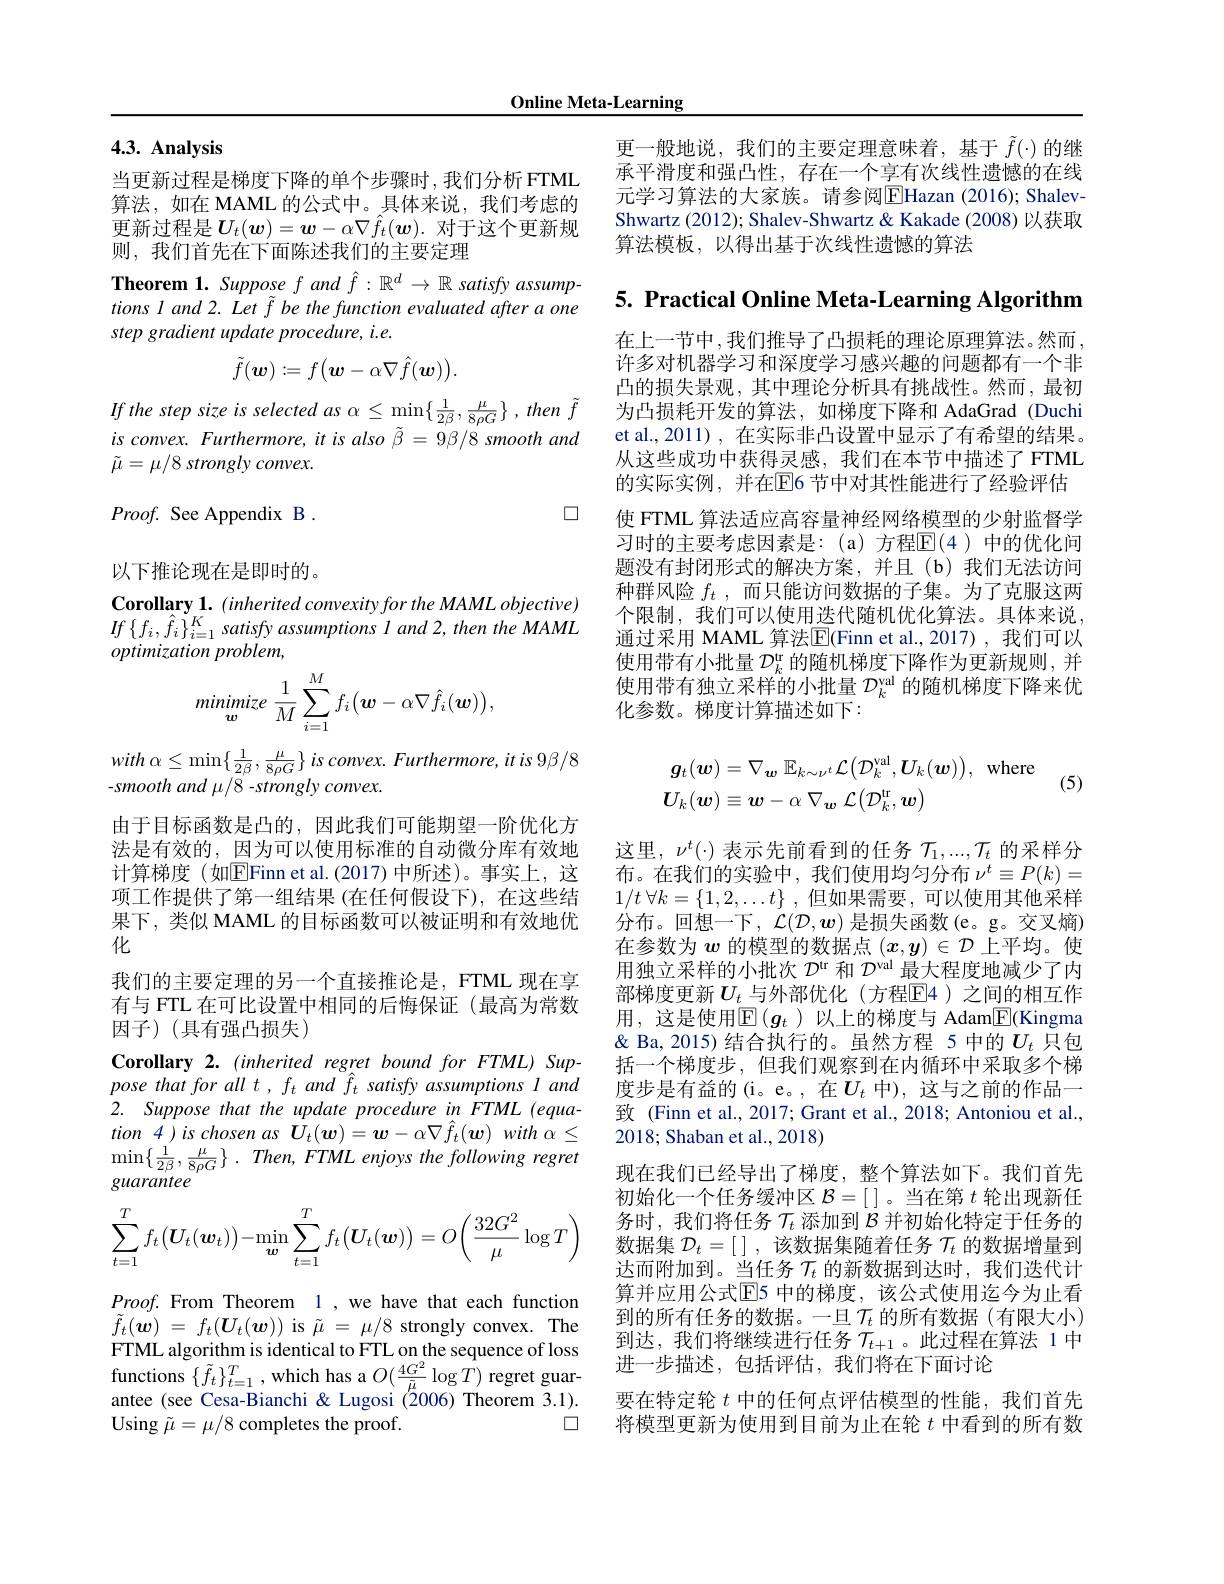
Online Meta-Learning

# 4.3. Analysis

当更新过程是梯度下降的单个步骤时，我们分析 FTML 算法，如在 MAML 的公式中。具体来说，我们考虑的更新过程是$U_t(\boldsymbol{w})=\boldsymbol{w}-\alpha\nabla\hat{f}_t(\boldsymbol{w}).$ 对于这个更新规则，我们首先在下面陈述我们的主要定理

Theorem 1. Suppose $f$ and $\hat{f}:\mathbb{R}^d\to\mathbb{R}$ satisfy assumptions l and 2. Let f be the function evaluated after a one step gradient update procedure, i.e.
$$\tilde{f}(\boldsymbol{w}):=f\big(\boldsymbol{w}-\alpha\nabla\hat{f}(\boldsymbol{w})\big).$$
If the step size is selected as $\alpha\leq\operatorname*{min}_{\sim}\{\frac1{2\beta},\frac\mu{8\rho G}\}$, then $\tilde{f}$ $isconvex.Furthermore,itisalso\tilde{\beta}=9\beta/8smoothand$ $\tilde{\mu}=\mu/8$ strongly convex.

$\square$

$Proof.$ See Appendix B . 以下推论现在是即时的。Corollary 1. (inherited convexity for the MAML objective) $If\left\{f_{i},\hat{f}_{i}\right\}_{i=1}^{K}satisfyassumptions~l~and~2,then~the~MAML$ optimization problem,
$$minimize\:\frac{1}{M}\sum_{i=1}^{M}f_{i}\big(\boldsymbol{w}-\alpha\nabla\hat{f}_{i}(\boldsymbol{w})\big),$$
with $\alpha \leq \min \left \{ \frac 1{2\beta }, \frac \mu {8\rho G}\right \} is$ $convex. Furthermore, it$ $is$ $9\beta / 8$
$-smooth~and~\mu/8~-strongly~convex.$

化

由于目标函数是凸的，因此我们可能期望一阶优化方法是有效的，因为可以使用标准的自动微分库有效地计算梯度(如$\overline{\mathrm{E}}$Finn et al.(2017)中所述)。事实上，这项工作提供了第一组结果(在任何假设下),在这些结果下，类似 MAML 的目标函数可以被证明和有效地优我们的主要定理的另一个直接推论是，FTML 现在享有与 FTL 在可比设置中相同的后悔保证(最高为常数因子)(具有强凸损失)
Corollary 2. (inherited regret bound for FTML) Sup- $pose\textit{ that for all t, f}_{t}$ and $\hat{f}_{t}$ satisfy assumptions $l$ and 2. Suppose that the update procedure in FTML (equa- $tion~4~)~is~chosen~as~\boldsymbol{U}_{t}(\boldsymbol{w})=\boldsymbol{w}-\alpha\nabla\hat{f}_{t}(\boldsymbol{w})~with~\alpha\leq$ $\operatorname* { min} \{ \frac 1{2\beta }, \frac \mu {8\rho G}\}$ $. Then, FTML enjoys the following regret$ guarantee
$$\sum_{t=1}^Tf_t\big(\boldsymbol{U}_t(\boldsymbol{w}_t)\big)-\min_{\boldsymbol{w}}\sum_{t=1}^Tf_t\big(\boldsymbol{U}_t(\boldsymbol{w})\big)=O\bigg(\frac{32G^2}{\mu}\log T\bigg)$$
$Proof.$ From Theorem 1,we have that each function $\tilde{f} _{t}( \boldsymbol{w})$ = $f_{t}( \boldsymbol{U}_{t}( \boldsymbol{w}) )$ is $\tilde{\mu }$ = $\mu / 8$ strongly convex. The FTML algorithm is identical to FTL on the sequence of loss
$\square$
Using $\tilde{\mu}=\mu/8$ completes the proof.

更一般地说，我们的主要定理意味着，基于$\tilde{f}(\cdot)$的继承平滑度和强凸性，存在一个享有次线性遗憾的在线元学习算法的大家族。请参阅$\boxed{\mathrm{E}}$Hazan (2016); ShalevShwartz (2012); Shalev-Shwartz & Kakade (2008) 以获取算法模板，以得出基于次线性遗憾的算法

5. Practical Online Meta-Learning Algorithm

在上一节中，我们推导了凸损耗的理论原理算法。然而许多对机器学习和深度学习感兴趣的问题都有一个非凸的损失景观，其中理论分析具有挑战性。然而，最初为凸损耗开发的算法，如梯度下降和 AdaGrad (Duchi et al., 2011) , 在实际非凸设置中显示了有希望的结果。从这些成功中获得灵感，我们在本节中描述了FTML 的实际实例，并在$\mathbb{E}$6 节中对其性能进行了经验评估使 FTML 算法适应高容量神经网络模型的少射监督学习时的主要考虑因素是：(a)方程$\mathbb{E}(4)$中的优化问题没有封闭形式的解决方案，并且(b)我们无法访问种群风险$f_t$,而只能访问数据的子集。为了克服这两个限制，我们可以使用迭代随机优化算法。具体来说， 通过采用 MAML 算法$\overline{\mathrm{E}}($Finn et al.,2017),我们可以使用带有小批量$\mathcal{D}_k^\mathrm{t}$的随机梯度下降作为更新规则，并使用带有独立采样的小批量$\mathcal{D}_k^\mathrm{val}$的随机梯度下降来优化参数。梯度计算描述如下：
$$\begin{aligned}&\boldsymbol{g}_{t}(\boldsymbol{w})=\nabla_{\boldsymbol{w}}\:\mathbb{E}_{k\sim\nu^{t}}\mathcal{L}\big(\mathcal{D}_{k}^{\mathrm{val}},\boldsymbol{U}_{k}(\boldsymbol{w})\big),\:\mathrm{where}\\&\boldsymbol{U}_{k}(\boldsymbol{w})\equiv\boldsymbol{w}-\alpha\:\nabla_{\boldsymbol{w}}\:\mathcal{L}(\mathcal{D}_{k}^{\mathrm{tr}},\boldsymbol{w})\end{aligned}$$
(5)

这里，$\nu^t(\cdot)$表示先前看到的任务$\mathcal{T}_1,...,\mathcal{T}_t$的采样分布。在我们的实验中，我们使用均匀分布$\nu^t\equiv P(k)=$ $1/ t$ $\forall k= \{ 1, 2, \ldots t\}$ ,但如果需要，可以使用其他采样分布。回想一下，$\dot{\mathcal{L}}(\mathcal{D},\boldsymbol{w})$是损失函数(e。g。交叉熵) 在参数为$w$的模型的数据点$(x,y)\in\mathcal{D}$上平均。使用独立采样的小批次$\mathcal{D}^\mathrm{tr}$和$\mathcal{D}^\mathrm{val}$最大程度地减少了内部梯度更新$U_t$ 与外部优化(方程$\mathbb{E}$4)之间的相互作用，这是使用$\mathbb{E}(g_t$ )以上的梯度与 Adam$\boxed{\mathbb{E}}($Kingma & Ba,2015)结合执行的。虽然方程 5 中的$U_t$只包括一个梯度步，但我们观察到在内循环中采取多个梯度步是有益的(i。e。,在$U_t$ 中),这与之前的作品一致 (Finn et al., 2017; Grant et al., 2018; Antoniou et al., 2018; Shaban et al., 2018)
现在我们已经导出了梯度，整个算法如下。我们首先初始化一个任务缓冲区$\mathcal{B}=[$ ]。当在第$t$轮出现新任务时，我们将任务$\mathcal{T}_t$添加到$\mathcal{B}$并初始化特定于任务的数据集$\mathcal{D}_t=[$],该数据集随着任务$\mathcal{T}_t$的数据增量到达而附加到。当任务$\mathcal{T}_t$的新数据到达时，我们迭代计算并应用公式E5 中的梯度，该公式使用迄今为止看到的所有任务的数据。一旦$\mathcal{T}_t$的所有数据(有限大小) 到达，我们将继续进行任务$\mathcal{T}_t+1$。此过程在算法 1中进一步描述，包括评估，我们将在下面讨论
functions $\{ \tilde{f} _{t}\} _{t= 1}^{T}$,which has a $O( \frac {4G^{2}}{\tilde{\mu } }\log T)$ regret guar-  antee ( see Cesa- Bianchi $\ $ Lugosi (2006) Theorem 3. 1) .  要 在 特 定 轮  $t$ 中 的 任 何 点 评 估 模 型 的 性 能 , 我 们 首 先
将模型更新为使用到目前为止在轮$t$中看到的所有数